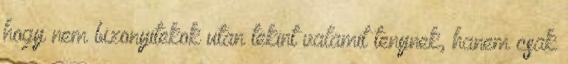
hogy nem bizonyitekok utan tekint valamit tenynek, hanem csak